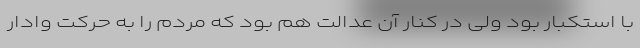
با استکبار بود ولی در کنار آن عدالت هم بود که مردم را به حرکت وادار